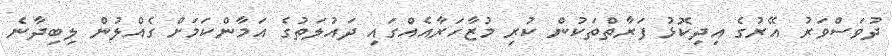
ދުވަސްވަރު އޭރުގެ އިދިކޮޅު ފަރާތްތަކުން ކުރި މުޒާހަރާއެއްގައި ދައުލަތުގެ އަމާންކަމަށް ގެއްލުން ލިބިދާނެ